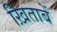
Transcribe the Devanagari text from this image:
ख़िताबें